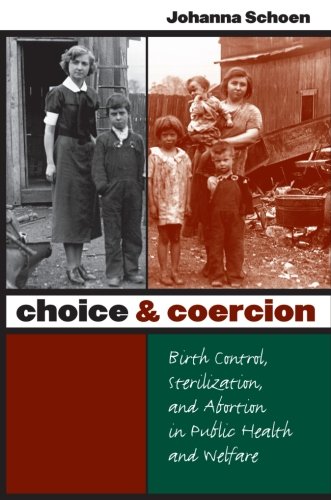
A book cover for Choice and Coercion: Birth Control, Sterilization, and Abortion in Public Health and Welfare (Gender and American Culture); Johanna Schoen; Politics & Social Sciences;